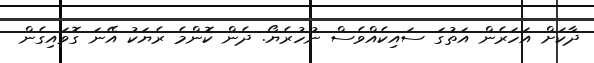
ދާކަށް އަހަރެން އަތުގަ ސައިކެއްވެސް ނުހުރެޔޯ. ދެން ކޮންމެ ރެޔަކު އޭނަ ގޮވައިގެން